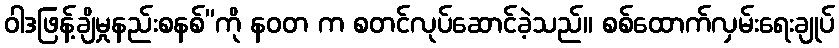
ဝါဒဖြန့်ချိမှုနည်းစနစ်”ကို နဝတ က စတင်လုပ်ဆောင်ခဲ့သည်။ စစ်ထောက်လှမ်းရေးချုပ်